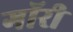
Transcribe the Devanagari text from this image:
गॉरी